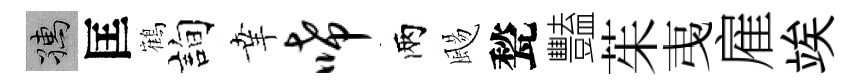
孺匡鶴詢𦍒唏兩颺甃豔茱𢎯雇竢